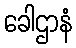
ခေါဌာနံ